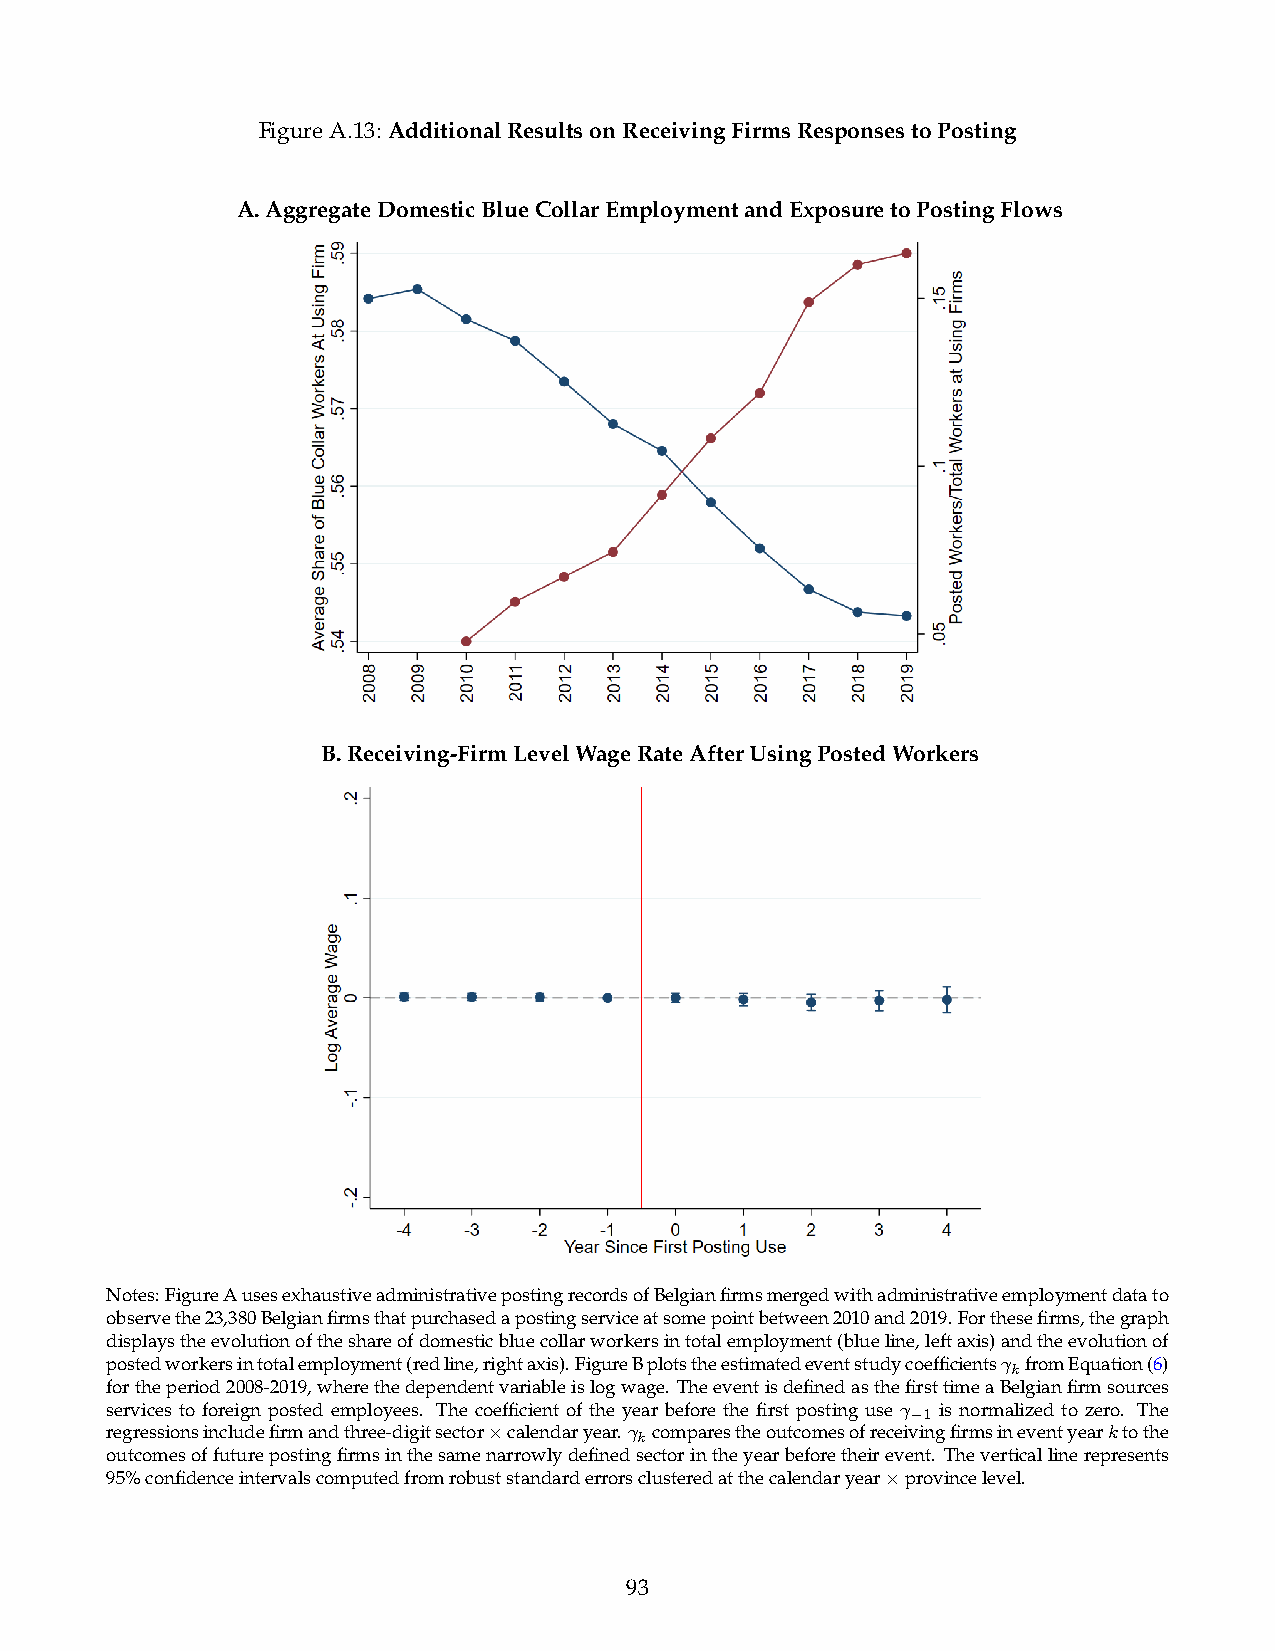
FigureA.13: AdditionalResultsonReceivingFirmsResponsestoPosting
 A.AggregateDomesticBlueCollarEmploymentandExposuretoPostingFlows
 B.Receiving-FirmLevelWageRateAfterUsingPostedWorkers
 Notes:FigureAusesexhaustiveadministrativepostingrecordsofBelgianfirmsmergedwithadministrativeemploymentdatato
 observethe23,380Belgianfirmsthatpurchasedapostingserviceatsomepointbetween2010and2019.Forthesefirms,thegraph
 displaystheevolutionoftheshareofdomesticbluecollarworkersintotalemployment(blueline,leftaxis)andtheevolutionof
 postedworkersintotalemployment(redline,rightaxis).FigureBplotstheestimatedeventstudycoefficients kfromEquation(6)
 fortheperiod2008-2019,wherethedependentvariableislogwage. TheeventisdefinedasthefirsttimeaBelgianfirmsources
 services to foreign posted employees. The coefficient of the year before the first posting use  1 is normalized to zero. The

 regressionsincludefirmandthree-digitsector calendaryear. kcomparestheoutcomesofreceivingfirmsineventyearktothe
 ⇥
 outcomesoffuturepostingfirmsinthesamenarrowlydefinedsectorintheyearbeforetheirevent. Theverticallinerepresents
 95%confidenceintervalscomputedfromrobuststandarderrorsclusteredatthecalendaryear provincelevel.
 ⇥
 93